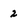
Character: 2